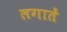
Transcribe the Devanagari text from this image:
लगातें